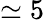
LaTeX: \simeq 5